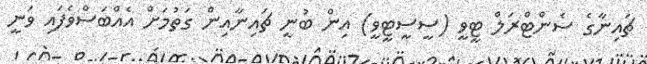
ޗައިނާގެ ސެންޓްރަލް ޓީވީ (ސީސީޓީވީ) އިން ބުނީ ޗައިނާއިން ގަތުމަށް އެއްބަސްވެފައި ވަނީ